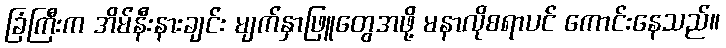
ခြံကြီးက အိမ်နီးနားချင်း မျက်နှာဖြူတွေအဖို့ မနာလိုစရာပင် ကောင်းနေသည်။